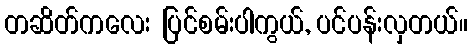
တဆိတ်ကလေး ပြင်စမ်းပါကွယ်, ပင်ပန်းလှတယ်။